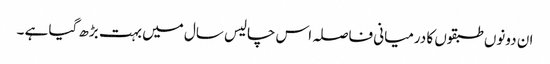
ان دونوں طبقوں کا درمیانی فاصلہ اس چالیس سال میں بہت بڑھ گیا ہے ۔